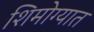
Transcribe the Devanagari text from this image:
शिमोग्यात